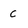
Character: c